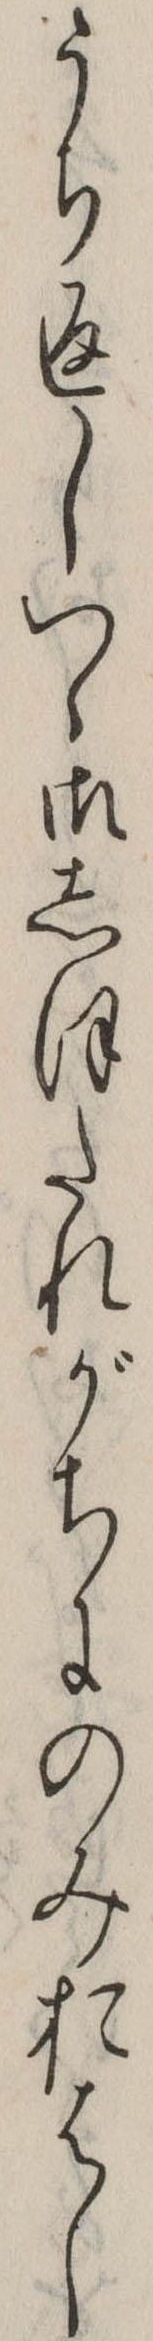
うち返しつゝ御しほたれがちにのみおはし